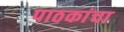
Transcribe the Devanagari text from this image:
पाठकांचा